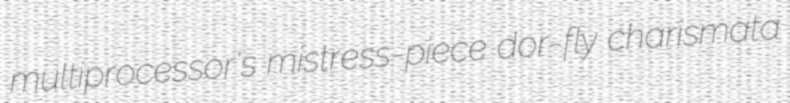
multiprocessor's mistress-piece dor-fly charismata